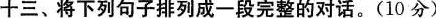
十三、将下列句子排列成一段完整的对话.(10 分)